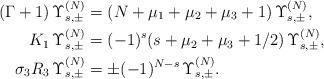
LaTeX: \begin{align*} (\Gamma+1)\,\Upsilon_{s,\pm}^{(N)}&=(N+\mu_1+\mu_2+\mu_3+1)\,\Upsilon_{s,\pm}^{(N)}, \\ K_1\,\Upsilon_{s,\pm}^{(N)}&=(-1)^{s}(s+\mu_2+\mu_3+1/2)\,\Upsilon_{s,\pm}^{(N)}, \\ \sigma_3 R_3\,\Upsilon_{s,\pm}^{(N)}&=\pm (-1)^{N-s}\,\Upsilon_{s,\pm}^{(N)}.\end{align*}